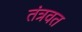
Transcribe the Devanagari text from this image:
तंत्रवत